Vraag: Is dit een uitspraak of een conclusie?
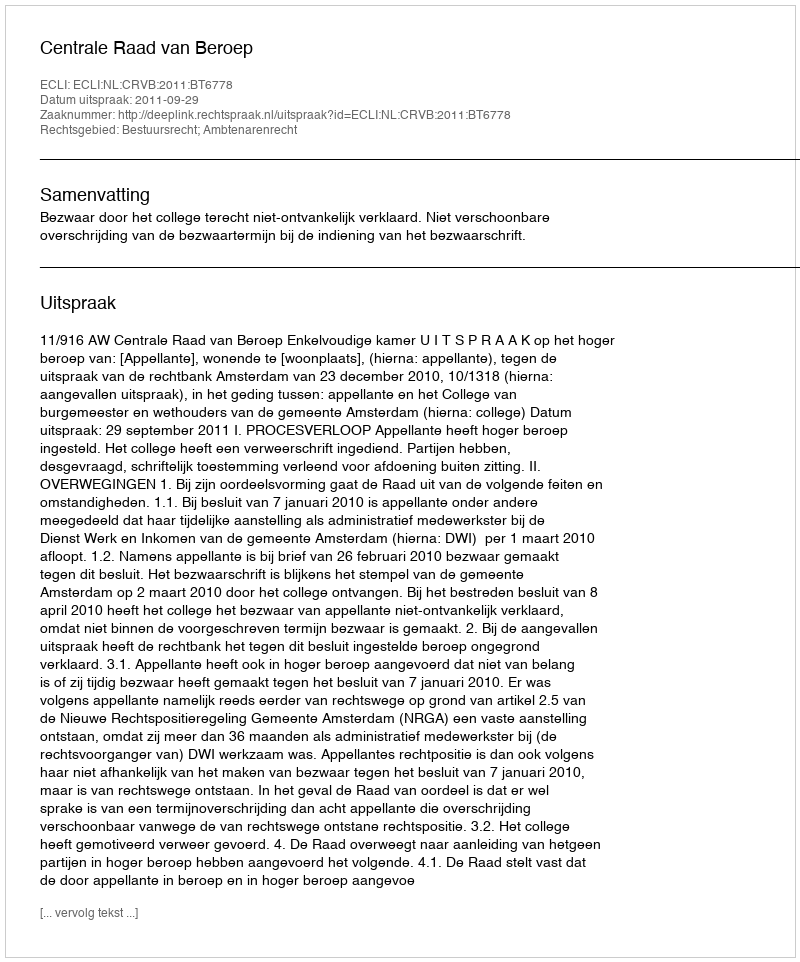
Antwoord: Uitspraak